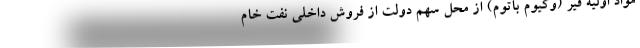
مواد اولیه قیر (وکیوم باتوم) از محل سهم دولت از فروش داخلی نفت خام